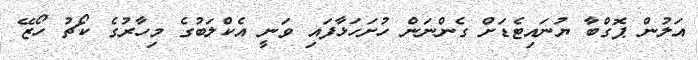
އަލުން ޕޮގްބާ ޔުނައިޓެޑަށް ގެންނަން ހުށަހަޅާފައި ވަނީ އެކްލަބުގެ މިހާރުގެ ކޯޗު ހޯޒޭ